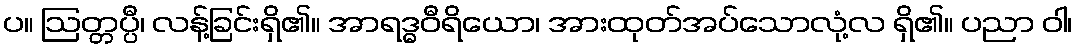
ပ။ ဩတ္တပ္ပီ၊ လန့်ခြင်းရှိ၏။ အာရဒ္ဓဝီရိယော၊ အားထုတ်အပ်သောလုံ့လ ရှိ၏။ ပညာ ဝါ၊